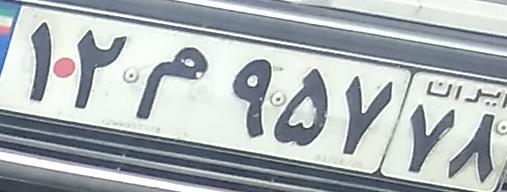
۱۲م۹۵۷۷۸